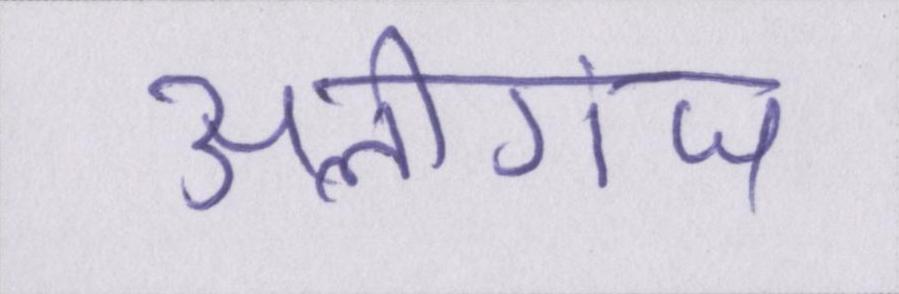
अलीगंज